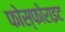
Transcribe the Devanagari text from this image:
फोस्फोराइट